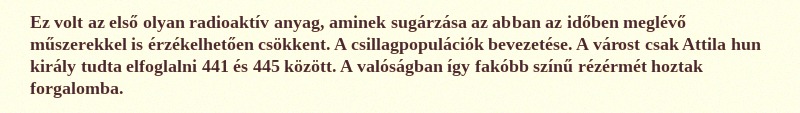
Ez volt az első olyan radioaktív anyag, aminek sugárzása az abban az időben meglévő műszerekkel is érzékelhetően csökkent. A csillagpopulációk bevezetése. A várost csak Attila hun király tudta elfoglalni 441 és 445 között. A valóságban így fakóbb színű rézérmét hoztak forgalomba.